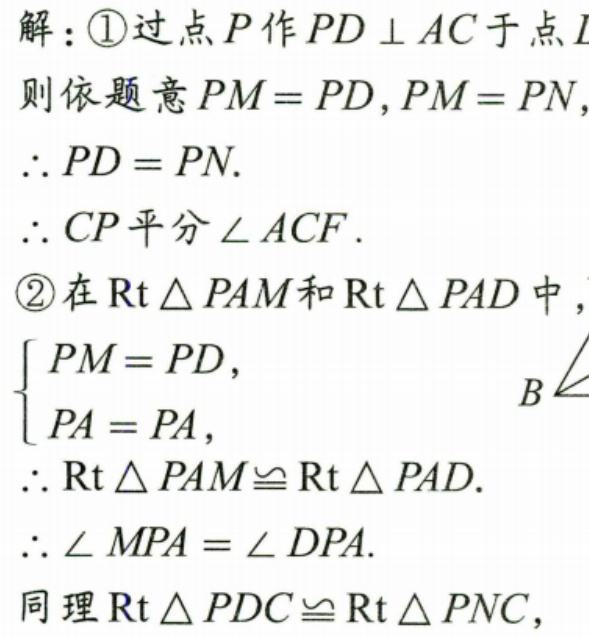
解：\textcircled{1}过点\(P\)作\(PD\perp AC\)于点\(D\)
则依题意\(PM = PD, PM = PN\)，
\(\therefore PD = PN.\)
\(\therefore CP\)平分\(\angle ACF\).
\textcircled{2}在\(\text{Rt}\triangle PAM\)和\(\text{Rt}\triangle PAD\)中，
\[
\begin{cases}
PM = PD, \\
PA = PA,
\end{cases}
\]
\(\therefore \text{Rt}\triangle PAM\cong \text{Rt}\triangle PAD.\)
\(\therefore \angle MPA = \angle DPA.\)
同理\(\text{Rt}\triangle PDC\cong \text{Rt}\triangle PNC\)，